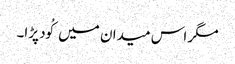
مگر اس میدان میں کُود پڑا۔